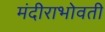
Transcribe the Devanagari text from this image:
मंदीराभोवती